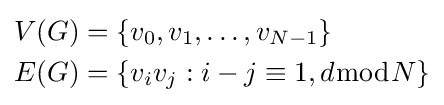
{\begin{aligned}V(G)&=\{v_{0},v_{1},\ldots ,v_{N-1}\}\\E(G)&=\{v_{i}v_{j}:i-j\equiv 1,d{\bmod {N}}\}\end{aligned}}